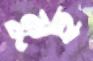
মুহু